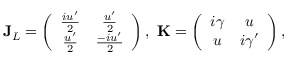
\mathbf { J } _ { L } = \left( \begin{array} { c c } { \frac { i u ^ { \prime } } { 2 } } & { \frac { u ^ { \prime } } { 2 } } \\ { \frac { u ^ { \prime } } { 2 } } & { \frac { - i u ^ { \prime } } { 2 } } \end{array} \right) , ~ \mathbf { K } = \left( \begin{array} { c c } { i \gamma } & { u } \\ { u } & { i \gamma ^ { \prime } } \end{array} \right) ,